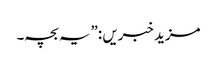
مزید خبریں :”یہ بچہ۔